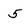
Character: 5